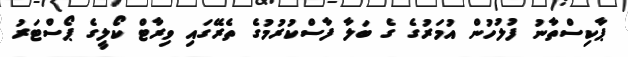
ޕާކިސްތާނު ފުލުހުން އުމަރުގެ ގެ ބަލާ ފާސްކުރުމުގެ ތެރޭގައި ވިރާޓް ކޯލީގެ ޕޯސްޓަރު